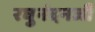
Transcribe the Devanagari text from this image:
रघुनंदनजी